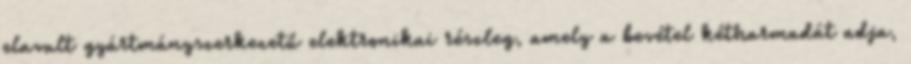
elavult gyártmányszerkezetű elektronikai részleg, amely a bevétel kétharmadát adja,